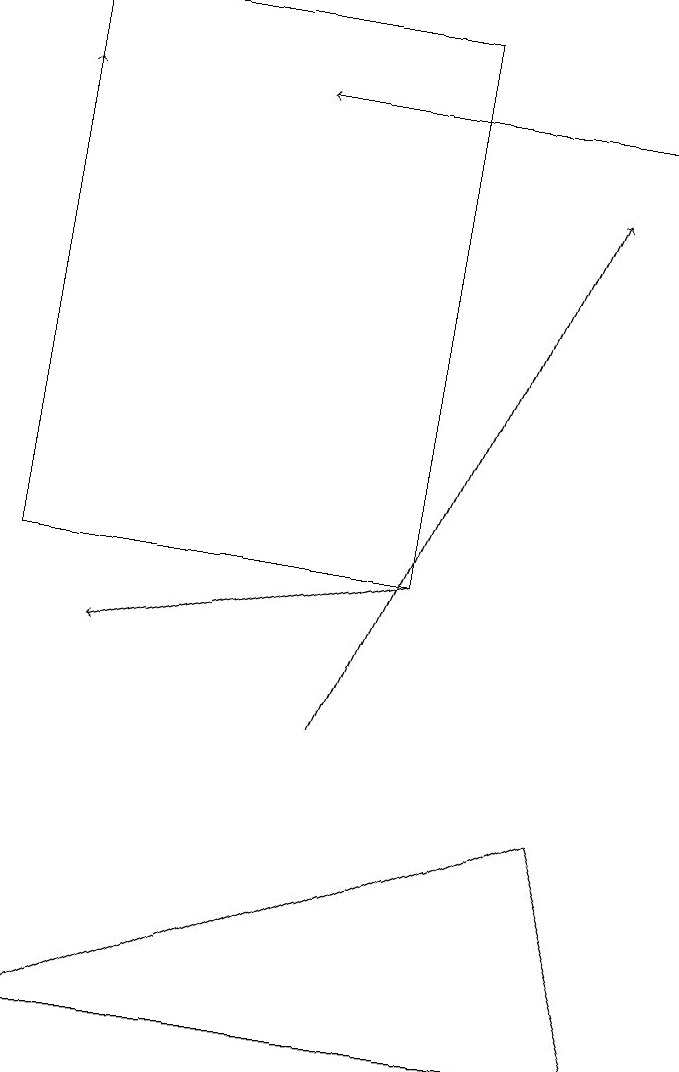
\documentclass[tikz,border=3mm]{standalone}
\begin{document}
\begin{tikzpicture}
\draw (5,19) rectangle (0,12);
\draw[->] (8,18) -- (3,18);
\draw[->] (5,12) -- (1,11);
\draw[->] (0,12) -- (0,18);
\draw[->] (4,10) -- (7,17);
\draw (0,6) -- (7,9) -- (8,6) -- cycle;
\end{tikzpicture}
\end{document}